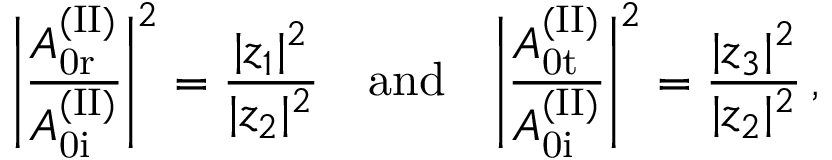
\Bigg | \frac { A _ { \mathrm { 0 r } } ^ { \mathrm { ( I I ) } } } { A _ { \mathrm { 0 i } } ^ { \mathrm { ( I I ) } } } \Bigg | ^ { 2 } = \frac { | z _ { 1 } | ^ { 2 } } { | z _ { 2 } | ^ { 2 } } \quad \mathrm { a n d } \quad \Bigg | \frac { A _ { \mathrm { 0 t } } ^ { \mathrm { ( I I ) } } } { A _ { \mathrm { 0 i } } ^ { \mathrm { ( I I ) } } } \Bigg | ^ { 2 } = \frac { | z _ { 3 } | ^ { 2 } } { | z _ { 2 } | ^ { 2 } } \, ,